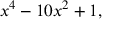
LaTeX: x ^ { 4 } - 1 0 x ^ { 2 } + 1 ,